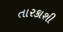
તારકાશી